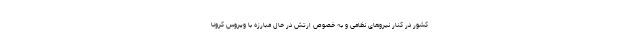
کشور در کنار نیروهای نظامی و به خصوص ارتش در حال مبارزه با ویروس کرونا